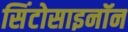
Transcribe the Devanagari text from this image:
सिंटोसाइनॉन